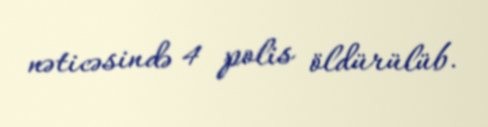
nəticəsində 4 polis öldürülüb.